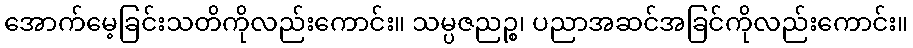
အောက်မေ့ခြင်းသတိကိုလည်းကောင်း။ သမ္ပဇညဉ္စ၊ ပညာအဆင်အခြင်ကိုလည်းကောင်း။